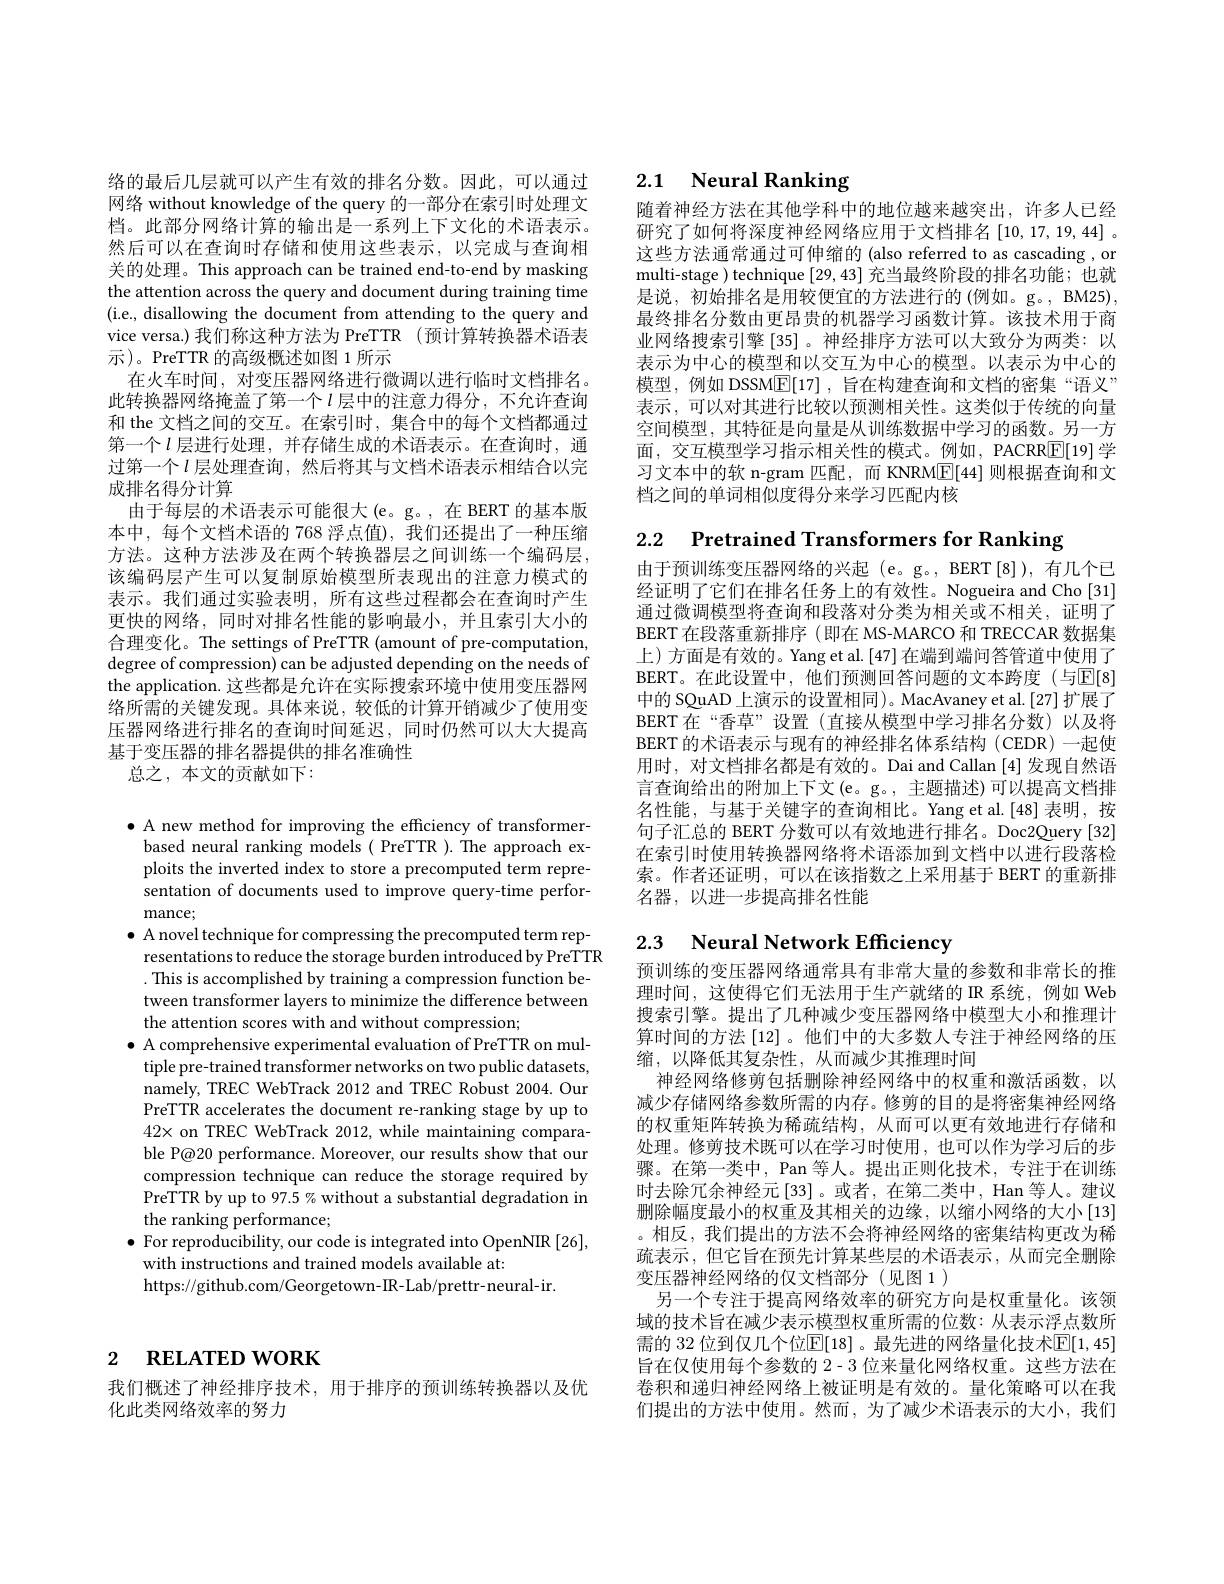
# 2 $\textbf{RELATED WORK}$

我们概述了神经排序技术，用于排序的预训练转换器以及优
化此类网络效率的努力

络的最后几层就可以产生有效的排名分数。因此，可以通过网络 without knowledge of the query 的一部分在索引时处理文档。此部分网络计算的输出是一系列上下文化的术语表示。然后可以在查询时存储和使用这些表示，以完成与查询相关的处理。This approach can be trained end-to-end by masking the attention across the query and document during training time (i.e., disallowing the document from attending to the query and vice versa.) 我们称这种方法为 PreTTR (预计算转换器术语表示)。PreTTR 的高级概述如图 1 所示
在火车时间，对变压器网络进行微调以进行临时文档排名。此转换器网络掩盖了第一个$\iota$层中的注意力得分，不允许查询和 the 文档之间的交互。在索引时，集合中的每个文档都通过第一个$l$ 层进行处理，并存储生成的术语表示。在查询时，通过第一个$l$层处理查询，然后将其与文档术语表示相结合以完成排名得分计算
由于每层的术语表示可能很大(e。g。,在 BERT 的基本版本中，每个文档术语的 768 浮点值),我们还提出了一种压缩方法。这种方法涉及在两个转换器层之间训练一个编码层， 该编码层产生可以复制原始模型所表现出的注意力模式的表示。我们通过实验表明，所有这些过程都会在查询时产生更快的网络，同时对排名性能的影响最小，并且索引大小的合理变化。The settings of PreTTR (amount of pre-computation, degree of compression) can be adjusted depending on the needs of the application. 这些都是允许在实际搜索环境中使用变压器网络所需的关键发现。具体来说，较低的计算开销减少了使用变压器网络进行排名的查询时间延迟，同时仍然可以大大提高基于变压器的排名器提供的排名准确性
总之，本文的贡献如下：

$\bullet$ A new method for improving the efficiency of transformer-
based neural ranking models ( PreTTR ). The approach exploits the inverted index to store a precomputed term representation of documents used to improve query-time performance;
$\bullet$ A novel technique for compressing the precomputed term rep-
resentations to reduce the storage burden introduced by PreTTR . This is accomplished by training a compression function between transformer layers to minimize the difference between the attention scores with and without compression;
$\bullet$ A comprehensive experimental evaluation of PreTTR on mul-
tiple pre-trained transformer networks on two public datasets, namely, TREC WebTrack 2012 and TREC Robust 2004. Our PreTTR accelerates the document re-ranking stage by up to $42\times$ on TREC WebTrack 2012, while maintaining comparable P@20 performance. Moreover, our results show that our compression technique can reduce the storage required by PreTTR by up to 97.5 % without a substantial degradation in the ranking performance;
$\bullet$ For reproducibility, our code is integrated into OpenNIR [26],
with instructions and trained models available at:
https://github.com/Georgetown-IR-Lab/prettr-neural-ir.

# 2.1 Neural Ranking

随着神经方法在其他学科中的地位越来越突出，许多人已经研究了如何将深度神经网络应用于文档排名[10,17,19,44]。这些方法通常通过可伸缩的 (also referred to as cascading , or multi-stage ) technique [29,43]充当最终阶段的排名功能；也就是说，初始排名是用较便宜的方法进行的 (例如。g。, BM25), 最终排名分数由更昂贵的机器学习函数计算。该技术用于商业网络搜索引擎[35]。神经排序方法可以大致分为两类：以表示为中心的模型和以交互为中心的模型。以表示为中心的模型，例如 DSSM$\underline{\mathrm{E}}[17]$,旨在构建查询和文档的密集“语义” 表示，可以对其进行比较以预测相关性。这类似于传统的向量空间模型，其特征是向量是从训练数据中学习的函数。另一方面，交互模型学习指示相关性的模式。例如，PACRR$\boxed{\mathbb{E}}[19]$学习文本中的软 n-gram 匹配，而 KNRM$\boxed{\mathrm{E}}[44]$则根据查询和文档之间的单词相似度得分来学习匹配内核

2.2 Pretrained Transformers for Ranking

由于预训练变压器网络的兴起 (e。g。, BERT[8]), 有几个已经证明了它们在排名任务上的有效性。Nogueira and Cho [31] 通过微调模型将查询和段落对分类为相关或不相关，证明了BERT 在段落重新排序 (即在 MS-MARCO 和 TRECCAR 数据集上)方面是有效的。Yang et al.[47]在端到端问答管道中使用了BERT。在此设置中，他们预测回答问题的文本跨度(与$\mathbb{E}[8]$ 中的 SQuAD 上演示的设置相同)。MacAvaney et al.[27] 扩展了BERT 在“香草”设置(直接从模型中学习排名分数)以及将BERT 的术语表示与现有的神经排名体系结构 (CEDR)一起使用时，对文档排名都是有效的。Dai and Callan [4] 发现自然语言查询给出的附加上下文(e。g。, 主题描述)可以提高文档排名性能，与基于关键字的查询相比。Yang et al.[48] 表明，按句子汇总的 BERT 分数可以有效地进行排名。Doc2Query[32] 在索引时使用转换器网络将术语添加到文档中以进行段落检索。作者还证明，可以在该指数之上采用基于 BERT 的重新排名器，以进一步提高排名性能

# 2.3 $\textbf{Neural Network Efficiency}$

预训练的变压器网络通常具有非常大量的参数和非常长的推理时间，这使得它们无法用于生产就绪的 IR 系统，例如 Web 搜索引擎。提出了几种减少变压器网络中模型大小和推理计算时间的方法 [12]。他们中的大多数人专注于神经网络的压缩，以降低其复杂性，从而减少其推理时间
神经网络修剪包括删除神经网络中的权重和激活函数，以减少存储网络参数所需的内存。修剪的目的是将密集神经网络的权重矩阵转换为稀疏结构，从而可以更有效地进行存储和处理。修剪技术既可以在学习时使用，也可以作为学习后的步骤。在第一类中，Pan 等人。提出正则化技术，专注于在训练时去除冗余神经元[33]。或者，在第二类中，Han 等人。建议删除幅度最小的权重及其相关的边缘，以缩小网络的大小[13] 。相反，我们提出的方法不会将神经网络的密集结构更改为稀疏表示，但它旨在预先计算某些层的术语表示，从而完全删除变压器神经网络的仅文档部分(见图 1)
另一个专注于提高网络效率的研究方向是权重量化。该领域的技术旨在减少表示模型权重所需的位数：从表示浮点数所需的 32 位到仅几个位$\mathbb{E}[18]$ 。最先进的网络量化技术$\mathbb{E}[1,45]$ 旨在仅使用每个参数的 2-3 位来量化网络权重。这些方法在卷积和递归神经网络上被证明是有效的。量化策略可以在我们提出的方法中使用。然而，为了减少术语表示的大小，我们